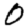
Digit: 0